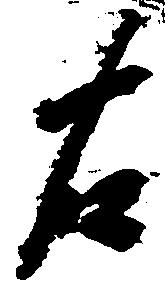
右